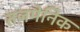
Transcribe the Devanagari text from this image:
तज़मेनिक